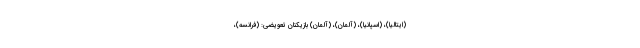
(ایتالیا)، (اسپانیا)، (آلمان)، (آلمان) بازیکنان تعویضی: (فرانسه)،